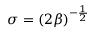
\sigma = ( 2 \beta ) ^ { - \frac { 1 } { 2 } }